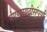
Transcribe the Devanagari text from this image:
घेण्यासाठीसंपूर्ण